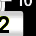
Digit: 2